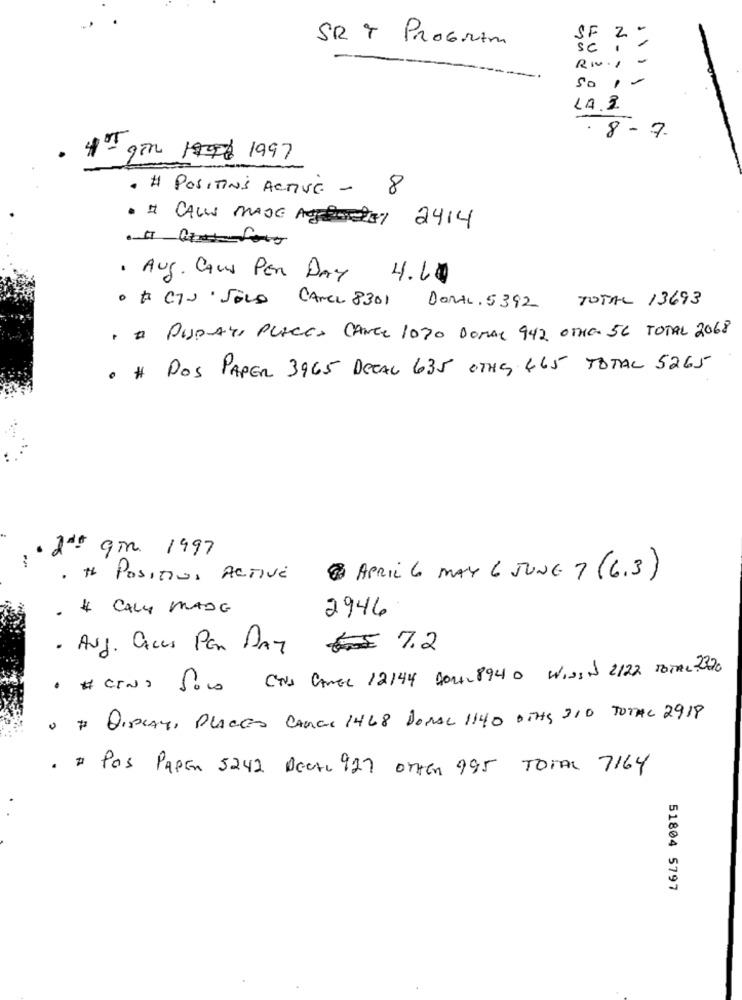
SF 2 -
SRT PROGRAM
Sc .-
Ru, -
So ,-
LA.Z.
8-7
. 4- 9in 1996 1997
. # POSITIONS ACTIVE -
8
· I CALL MADE 7 2414
. Aug. CALL PER DAY
4.10
· & CIS SOLO CANEL 8301
DORAL, 5392 TOTAL 13693
, A PIRATE PLACES CANEL 1070 DOMAL 942 OTHON 56 TOTAL 2068
· # DOS PAPER 3965 DECAL 635 OTHE 465 TOTAL 5265
: "d"t qm 1997
· # Positiva ACTIVE
8 APRIL 6 MAY 6 JUNE 7 (6.3)
. & CALY MADE
2946
. Aug. Caces Per DAY # 7.2
. # CINS SOLO CNS CAREL 12144 901128940 WINSIN 2122 TOTAL 2320
· # DIPLATS PLACES CAMAR 1468 DOMAL 1140 DIAS 310 TOTAL 2918
. # Pas Papen 5242 Decke 927 orten 995 TorAL 7164
51804 5797